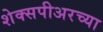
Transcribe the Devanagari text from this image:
शेक्सपीअरच्या